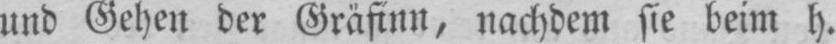
und Gehen der Gräfinn, nachdem sie beim h.